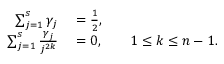
\begin{array} { r l } { \sum _ { j = 1 } ^ { s } \gamma _ { j } } & { { } = \frac { 1 } { 2 } , } \\ { \sum _ { j = 1 } ^ { s } \frac { \gamma _ { j } } { j ^ { 2 k } } } & { { } = 0 , \qquad 1 \leq k \leq n - 1 . } \end{array}